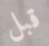
قبل